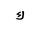
Letter: _kaf